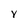
Character: y